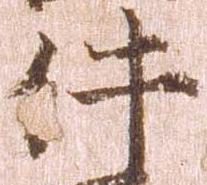
件